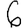
Digit: 6